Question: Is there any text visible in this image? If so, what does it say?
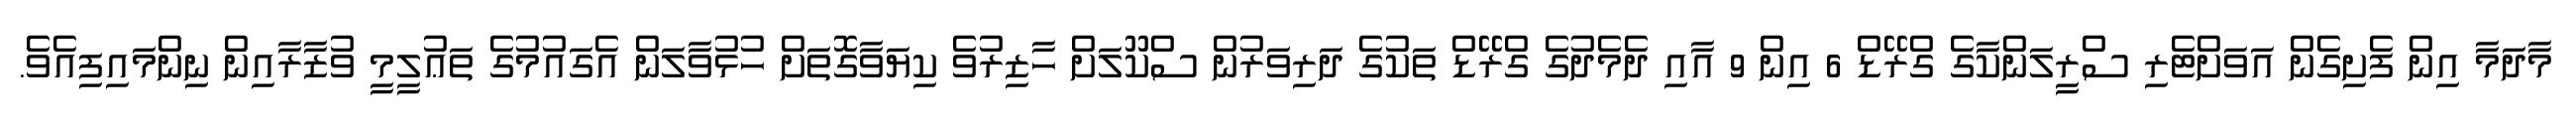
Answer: މާދަމާ އިން ފެށިގެން އަވަށްޓެރި ސްރީލަންކާގެ ގްރޭޑް 6 އިން 9 އާއި ދެމެދުގެ ގްރޭޑް ތަކުގެ ދަރިވަރުން ސްކޫލަށް ހާޒިރުވެ ކިޔަވާގޮތަށް ހުޅުވާލަން އެގައުމުގެ ތަޢުލީމީ ވުޒާރާއިން ނިންމައިފިއެވެ.